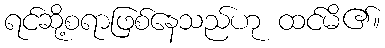
ရင်ဆို့စရာဖြစ်နေသည်ဟု ထင်မိ၏။